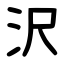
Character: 沢